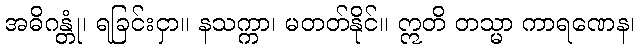
အဓိဂန္တုံ၊ ရခြင်းငှာ။ နသက္ကာ၊ မတတ်နိုင်။ ဣတိ တသ္မာ ကာရဏေန၊